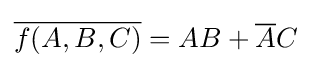
{\overline {f(A,B,C)}}=AB+{\overline {A}}C